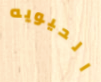
الحيويه